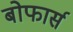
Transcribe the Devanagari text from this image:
बोफार्स